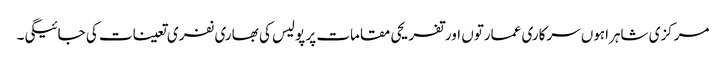
مرکزی شاہراہوں سرکاری عمارتوں اور تفریحی مقامات پر پولیس کی بھاری نفری تعینات کی جائیگی۔